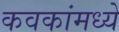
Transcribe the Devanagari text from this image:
कवकांमध्ये